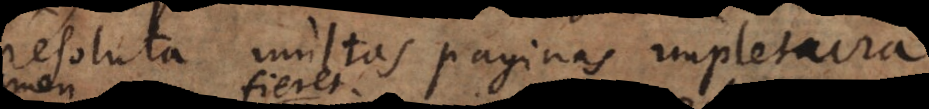
resoluta multas paginas impletura